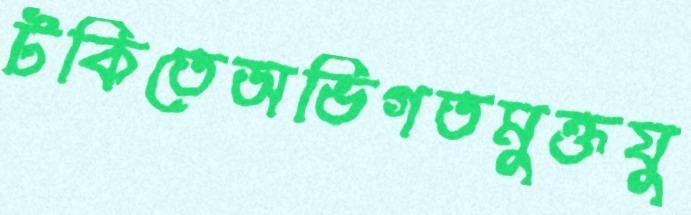
টকিতেঅভিগতমুক্তযু